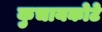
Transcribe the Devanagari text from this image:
कुचायकोटे